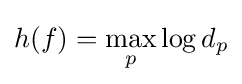
h(f)=\max _{p}\log d_{p}